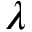
\lambda